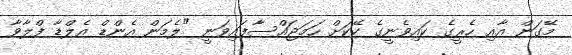
މޭގަން އާއި ހެރީގެ ކައިވެނީގެ ކޭކަށް ހަމަޖައްސާފައިވަނީ "ލެމަން އެންޑް އެލްޑާ ފްލާވާ